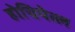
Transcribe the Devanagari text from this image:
होचियेत्ल